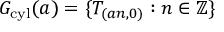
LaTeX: G _ { \mathrm { c y l } } ( a ) = \{ T _ { ( a n , 0 ) } : n \in \mathbb { Z } \}